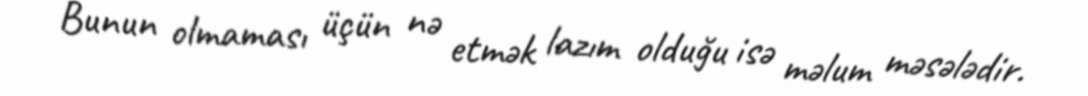
Bunun olmaması üçün nə etmək lazım olduğu isə məlum məsələdir.